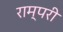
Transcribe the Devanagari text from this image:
राम्परी